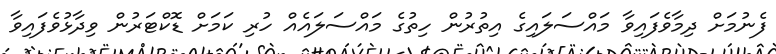
ފެނުމަށް ދިމާވެފައިވާ މައްސަލައިގެ އިތުރުން ހިތުގެ މައްސަލައެއް ހުރި ކަމަށް ޑޮކްޓަރުން ވިދާޅުވެފައިވާ